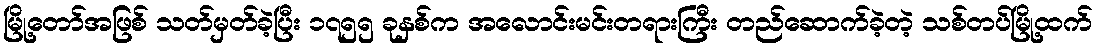
မြို့တော်အဖြစ် သတ်မှတ်ခဲ့ပြီး ၁၇၅၅ ခုနှစ်က အလောင်းမင်းတရားကြီး တည်ဆောက်ခဲ့တဲ့ သစ်တပ်မြို့ထက်